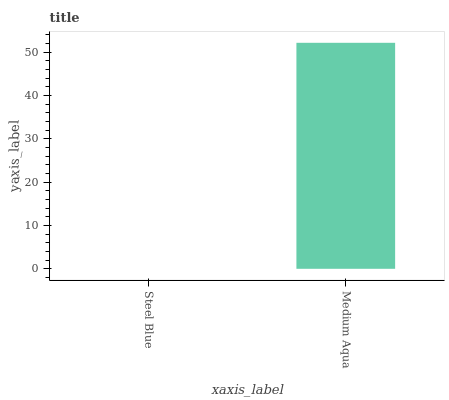
| xaxis_label | bars |
 | --- | --- |
 | Steel Blue | 0 |
 | Medium Aqua | 52.2 |